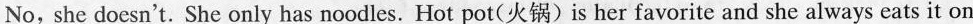
No, she doesn't. She only has noodles. Hot pot(火锅)is her favorite and she always eats it on